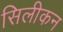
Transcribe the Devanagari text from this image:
सिलीकन